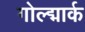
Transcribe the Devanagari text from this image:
गोल्द्मार्क